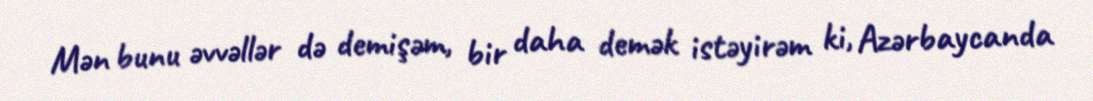
Mən bunu əvvəllər də demişəm, bir daha demək istəyirəm ki, Azərbaycanda